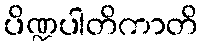
ပိဏ္ဍပါတိကာတိ